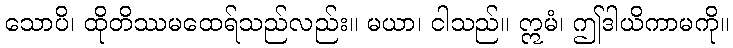
သောပိ၊ ထိုတိဿမထေရ်သည်လည်း။ မယာ၊ ငါသည်။ ဣမံ၊ ဤဒါယိကာမကို။